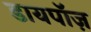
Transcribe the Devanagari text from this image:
डायपॉज़